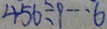
4 5 6 \div 9 \cdots 6